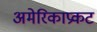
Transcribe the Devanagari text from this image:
अमेरिकाप्रकट